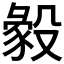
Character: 𣪴